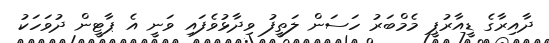
ދާއިރާގެ ޑީއާރުޕީ މެމްބަރު ހަސަން ލަތީފު ވިދާޅުވެފައި ވަނީ އެ ޕާޓީން ދުވަހަކު